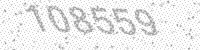
Solution: 108559